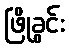
ဖြိုခွင်း